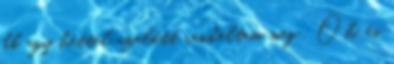
kb. egy héttel azelőtt rendeltem meg . Oh, és